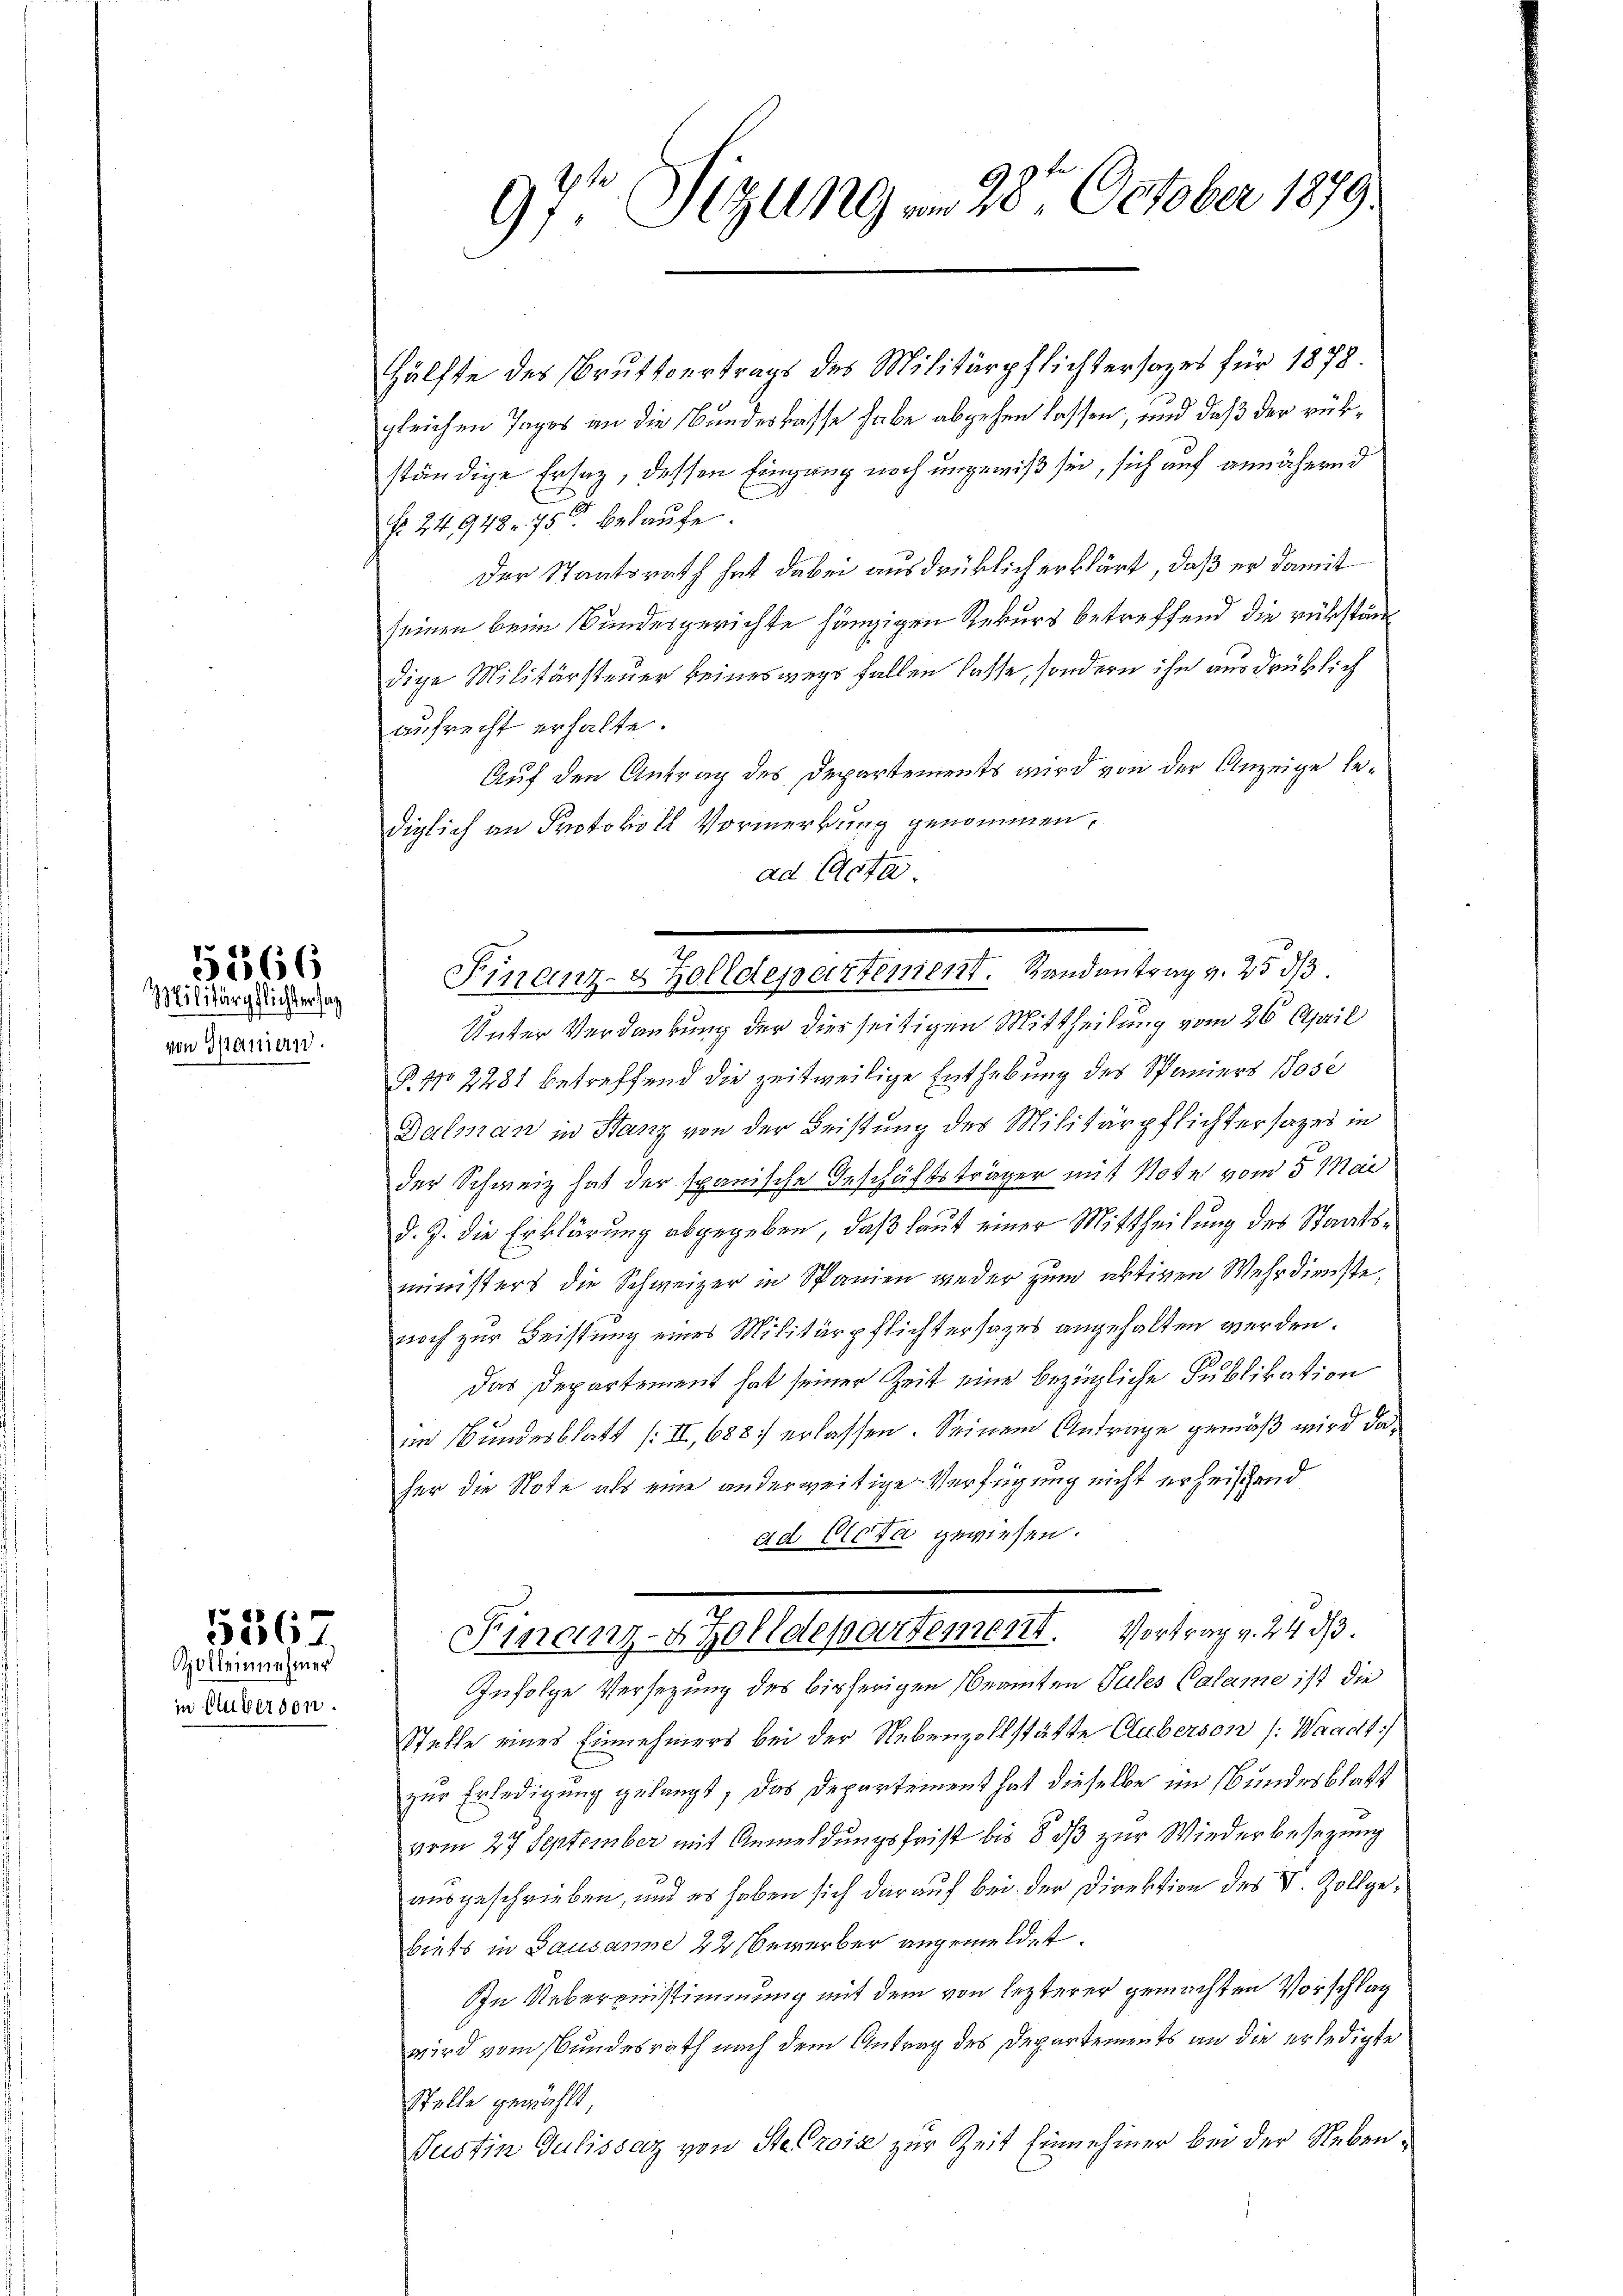
von Spaniern

5266
Militärpflichter sag

in Anverson.

536
Zolleinnehmer

97 Sizung am 28. October 1879.

Hälfte des Bruttvertrags des Militärpflichtersages für 1878.
gleichen Tages an die Bundeskasse habe abgehen lassen; und daß der rükständige Ersatz, dessen Eingang noch ungewiß sie, sich auf annähernd
u
Nr. 24, 948. 75 belaufe.
der Staatsrath hat dabei ausdrüklich erklärt, daß er damit
seinen beim Bundesgerichte hängigen Rekurs betreffend die rühstum
dige Militärsteuer keineswegs fallen lasse, sondern ihn ausdrüklich
aufrecht erhalte.
Auf den Antrag des Departements wird von der Anzeige lediglich an Protokoll Vormerkung genommen,
Unter Verdankung der diesseitigen Mittheilung vom 26. April
P. No 2281 betreffend die zeitweilige Enthebung des Spaniers Jose
Dalman in Stanz von der Leistung des Militärpflichtersages in
der Schweiz hat der spanische Geschäftsträger mit Note vom 5. Mai
d. J. die Erklärung abgegeben, daß laut einer Mittheilung des Staatsministers die Schweizer in Spanien weder zum aktiven Wehrdienste
noch zur Leistung eines Militärpflichtersages angehalten werden.
Das Departement hat seiner Zeit eine bezügliche Publikation
im Bundesblatt (II, 688. erlassen. Seinem Anträge gemäß wird daher die Note als eine anderweitige Verfügung nicht erheischend
ad Acta gewiesen.
Finanz-Zolldepartement. Vortrag v. 24 d
Infolge Versezung des bisherigen Beamten Sules Calame ist die
Stelle eines Einnehmers bei der Nebenzollstätte Cluberson (: Waadt:
zur Erledigung gelangt, das Departement hat dieselbe im Bundesblatt
vom 27 September mit Anmeldungsfrist bis 8 dß zur Wiederbesezung
ausgeschrieben, und es haben sich darauf bei der Direktion des V. Zollgebiets in Lausanne 22 bewerber angemeldet.
In Uebereinstimmung mit dem von lezterer gemachten Vorschlag
wird vom Bundesrath nach dem Antrag des Departements an die erledigte
Stelle gewählt
Justin Gulissaz von Stecrois zur Zeit Einnehmer bei der Neben¬

ad 10f
Finanz- & Zolldepartement. Randantrag v. 2533.